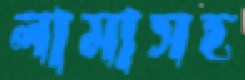
লামাসহ